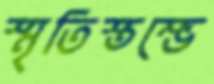
স্মৃতিস্তম্ভে